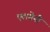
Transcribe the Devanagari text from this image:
एलगेनी